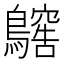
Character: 𪆥